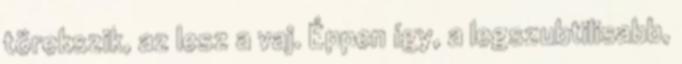
törekszik, az lesz a vaj. Éppen így, a legszubtilisabb,